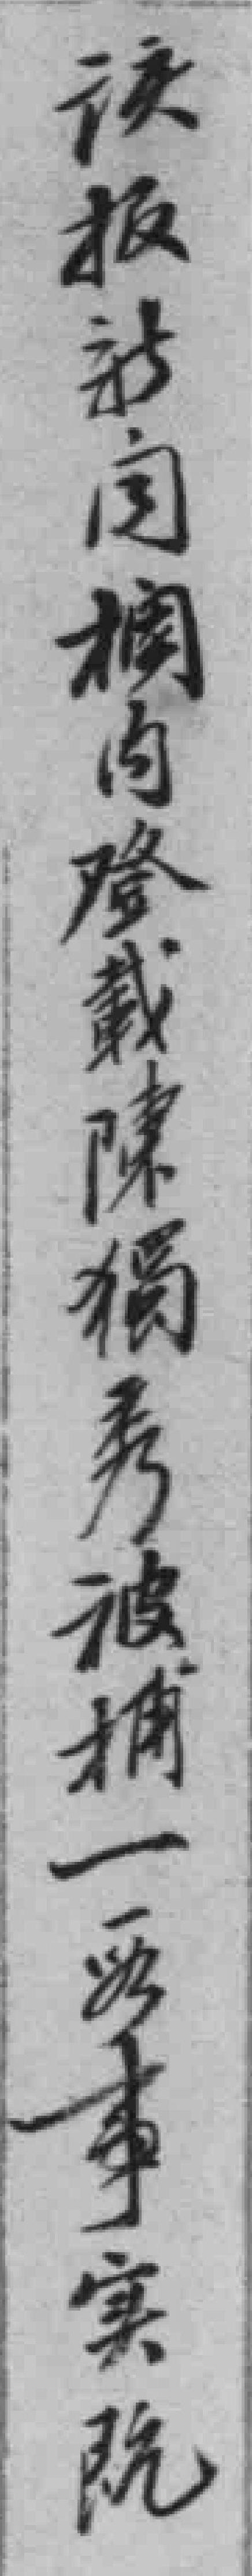
該報新聞欄內登載陳獨秀被捕一*事實既